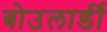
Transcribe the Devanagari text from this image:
बोउलार्डी